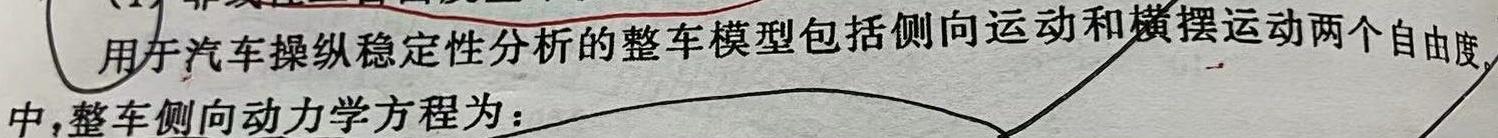
用于汽车操纵稳定性分析的整车模型包括侧向运动和横摆运动两个自由度, 中,整车侧向动力学方程为：